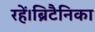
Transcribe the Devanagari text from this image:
रहें।ब्रिटैनिका